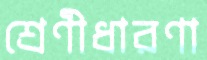
শ্রেণীধারণা